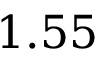
1 . 5 5